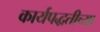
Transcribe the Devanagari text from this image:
कार्यपद्धतीच्या